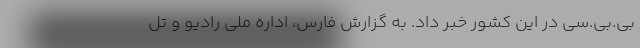
بی.بی.سی در این کشور خبر داد. به گزارش فارس، اداره ملی رادیو و تل